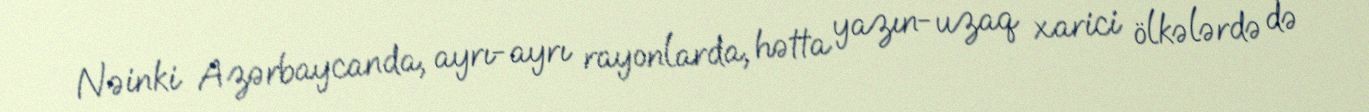
Nəinki Azərbaycanda, ayrı-ayrı rayonlarda, hətta yazın-uzaq xarici ölkələrdə də